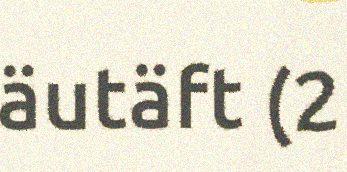
äutäft (2